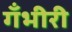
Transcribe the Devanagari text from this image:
गँभीरी